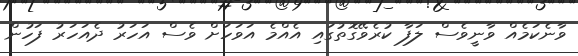
ވާނެކަމެއް ވާނީވެސް ލަފާ ކުރެވޭގޮތުގައި އެއްމެ އަވަހަށް ވެސް އަހަރު ދެއަހަރު ފަހުން